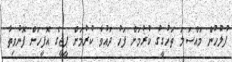
ފުލުހުން މައްސަލަ ތަހުގީގު ކުރުމަށް ފަހު ދައުވާ ކުރުމަށް ޕީޖީގެ އޮފީހަށް ފޮނުވިތާ